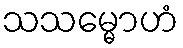
သသမ္မောဟံ